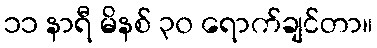
၁၁ နာရီ မိနစ် ၃၀ ရောက်ချင်တာ။